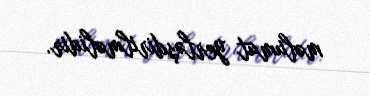
məlumat yerləşdirilməlidir.